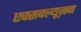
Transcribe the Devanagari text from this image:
एक्सक्ल्यूज़न